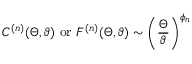
C ^ { ( n ) } ( \Theta , \vartheta ) ~ \mathrm { o r } ~ F ^ { ( n ) } ( \Theta , \vartheta ) \sim \left( \frac { \Theta } { \vartheta } \right) ^ { \phi _ { n } }